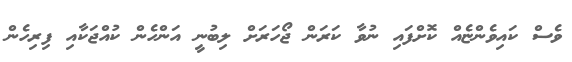
ވެސް ކައިވެންޏެއް ކޮށްފައި ނުވާ ކަރަން ޖޯހަރަށް ލިބުނީ އަންހެން ކުއްޖަކާއި ފިރިހެން